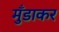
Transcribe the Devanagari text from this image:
मुँडाकर